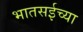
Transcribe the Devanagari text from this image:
भातसईच्या